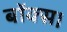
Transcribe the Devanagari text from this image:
बॉक्स।